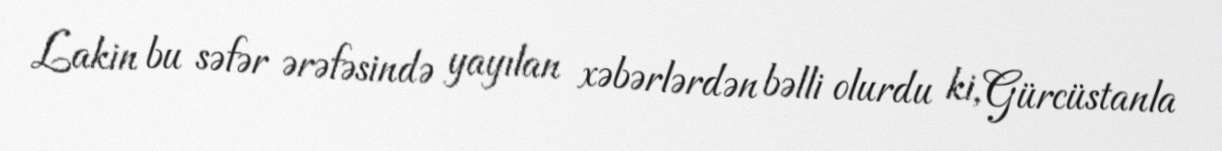
Lakin bu səfər ərəfəsində yayılan xəbərlərdən bəlli olurdu ki, Gürcüstanla